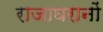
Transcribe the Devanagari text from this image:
राजाघरानों